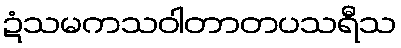
ဍံသမကသဝါတာတပသရီသ